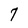
Character: 7